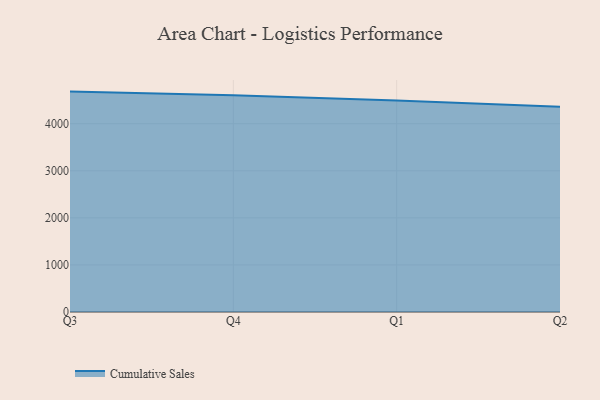
{"axis": {"x": "Quarter", "y": "Temperature (°C)"}, "legend": ["Cumulative Sales"], "data": [{"x": "Q3", "y": 4682.1, "type": "Cumulative Sales"}, {"x": "Q4", "y": 4606.9, "type": "Cumulative Sales"}, {"x": "Q1", "y": 4491.7, "type": "Cumulative Sales"}, {"x": "Q2", "y": 4360.1, "type": "Cumulative Sales"}]}